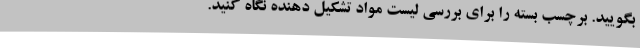
بگویید. برچسب بسته را برای بررسی لیست مواد تشکیل دهنده نگاه کنید.